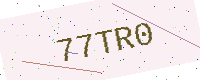
Text: 77TR0